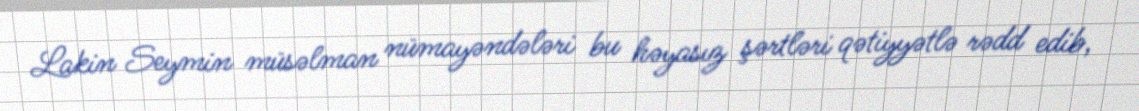
Lakin Seymin müsəlman nümayəndələri bu həyasız şərtləri qətiyyətlə rədd edib,